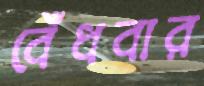
বেঁধবার